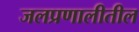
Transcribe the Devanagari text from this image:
जलप्रणालीतील